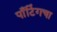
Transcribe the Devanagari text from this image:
पाँटिंगचा